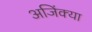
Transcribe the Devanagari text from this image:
अजिंक्या